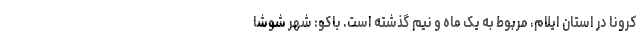
کرونا در استان ایلام، مربوط به یک ماه و نیم گذشته است. باکو: شهر شوشا